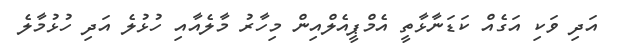
އަދި ވަކި އަގެއް ކަޑަނާޅާތީ އެމްޕީއެލްއިން މިހާރު މާލެއާއި ހުޅުލެ އަދި ހުޅުމާލެ